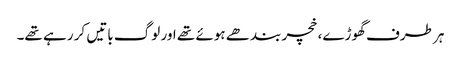
ہر طرف گھوڑے، خچر بندھے ہوئے تھے اور لوگ باتیں کر رہے تھے۔